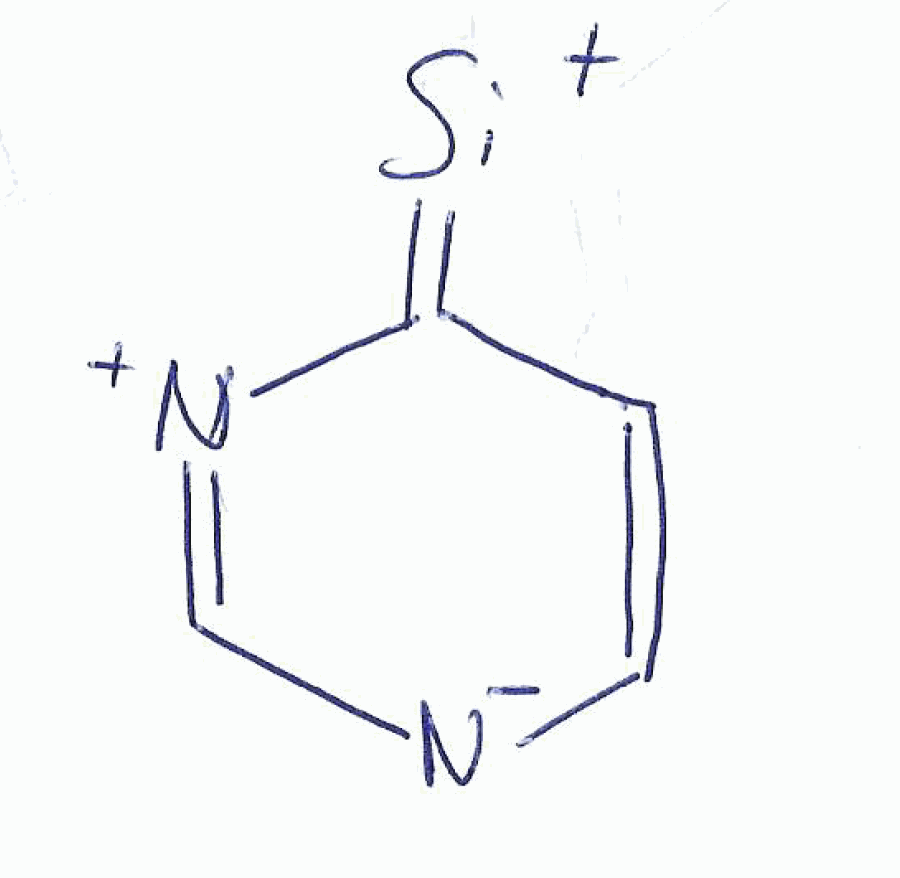
Simplified molecular-input line-entry system (SMILES) notation of the given molecule:
C1=C[N-]C=NC1=[Si+]